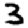
Digit: 3